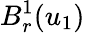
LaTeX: B_{r}^{1}(u_{1})